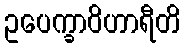
ဥပေက္ခာဝိဟာရီတိ